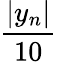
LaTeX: \frac{|y_{n}|}{10}